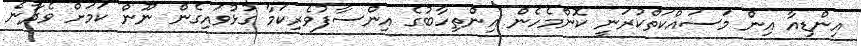
އިންޑިއާ އިން މަސައްކަތްކުރަނީ ކޮންމެހެން އިންތިހާބުގެ އިންސާފުވެރިކަމާ ގުޅުވައިގެން ނޫން ކަމަށް ވެދާނެ